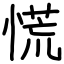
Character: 慌